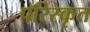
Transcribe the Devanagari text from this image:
परिस्‍कृत